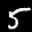
Label: 5